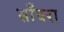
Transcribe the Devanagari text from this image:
साँवरा